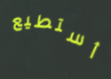
أستطيع